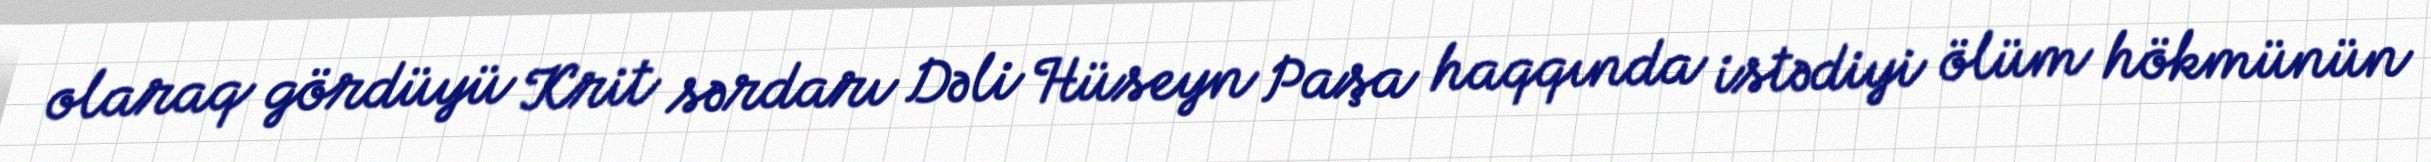
olaraq gördüyü Krit sərdarı Dəli Hüseyn Paşa haqqında istədiyi ölüm hökmünün